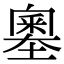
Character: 𡒃